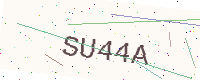
Text: SU44A